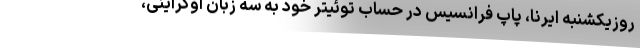
روزیکشنبه ایرنا، پاپ فرانسیس در حساب توئیتر خود به سه زبان اوکراینی،